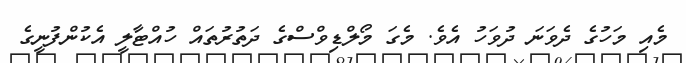
މެއި މަހުގެ ދެވަނަ ދުވަހު އެވެ. މެގަ މޯލްޑިވްސްގެ ދަތުރުތައް ހުއްޓާލީ އެކުންފުނީގެ